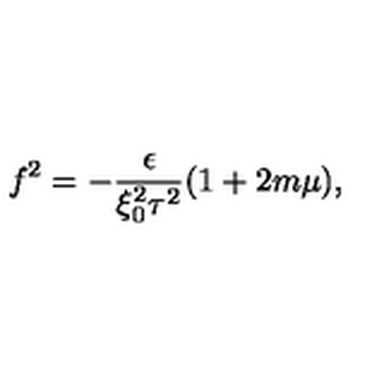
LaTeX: f ^ { 2 } = - \frac { \epsilon } { \xi _ { 0 } ^ { 2 } \tau ^ { 2 } } ( 1 + 2 m \mu ) ,